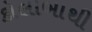
કોલાબાથી